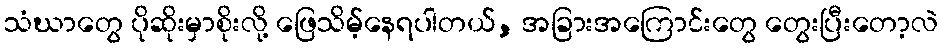
သံဃာတွေ ပိုဆိုးမှာစိုးလို့ ဖြေသိမ့်နေရပါတယ်, အခြားအကြောင်းတွေ တွေးပြီးတော့လဲ